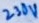
Text: 230V